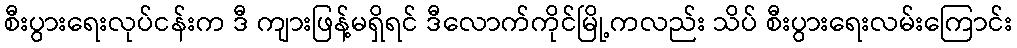
စီးပွားရေးလုပ်ငန်းက ဒီ ကျားဖြန့်မရှိရင် ဒီလောက်ကိုင်မြို့ကလည်း သိပ် စီးပွားရေးလမ်းကြောင်း